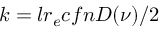
k = l r _ { e } c f n D ( \nu ) / 2